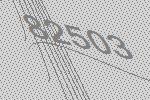
82503